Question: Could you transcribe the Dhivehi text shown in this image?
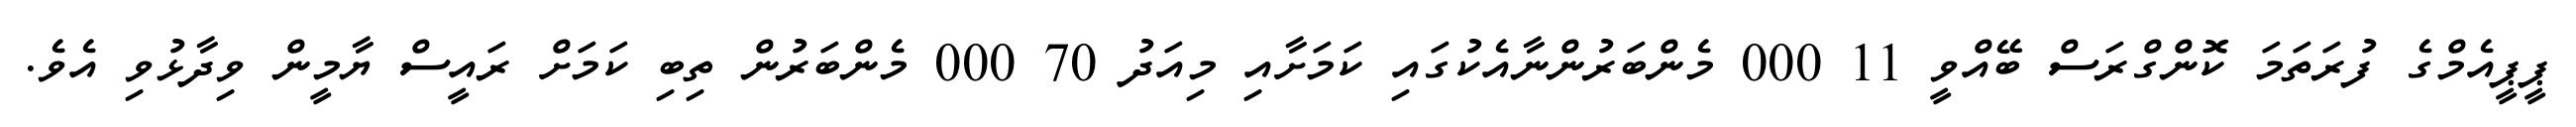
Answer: ޕީޕީއެމްގެ ފުރަތަމަ ކޮންގްރަސް ބޭއްވީ 11 000 މެންބަރުންނާއެކުގައި ކަމަށާއި މިއަދު 70 000 މެންބަރުން ތިބި ކަމަށް ރައީސް ޔާމީން ވިދާޅުވި އެވެ.